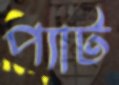
প্যাট